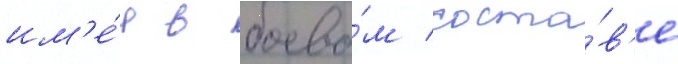
им'е́я в боево́м соста́в'е